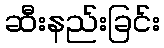
ဆီးနည်းခြင်း